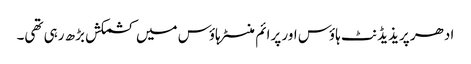
ادھر پریذیڈنٹ ہاؤس اور پرائم منسٹر ہاؤس میں کشمکش بڑھ رہی تھی۔